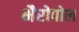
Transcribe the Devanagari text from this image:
भैरोपोल